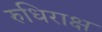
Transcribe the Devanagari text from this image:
रुधिराक्ष